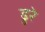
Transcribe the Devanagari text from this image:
ढुरे